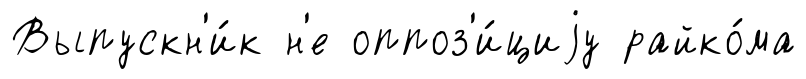
Выпускн'и́к н'е оппоз'и́циjу райко́ма